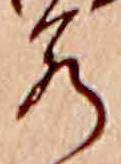
若